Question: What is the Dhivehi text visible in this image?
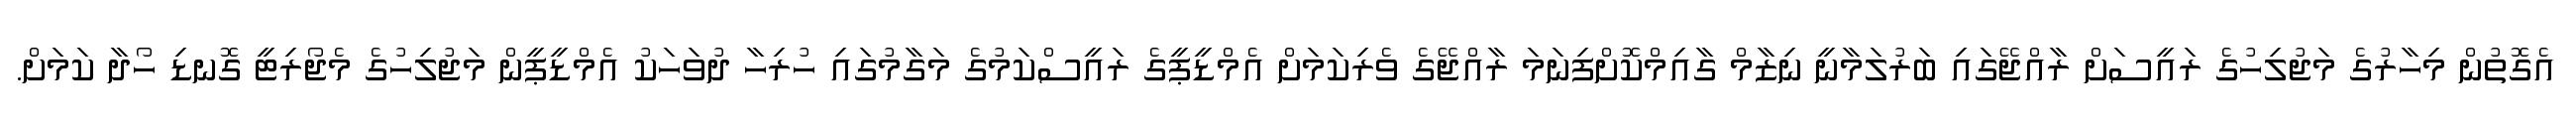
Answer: އެގޮތުން މިހާރުގެ މަޖުލިހުގެ ރައީސަށް ރާއްޖޭގައި ބަރުލަމާނީ ނިޒާމް ގާއިމްކޮށްފިނަމަ ރާއްޖޭގެ ވެރިކަމަށް އެމްޑީޕީގެ ރައީސްކަމުގެ މަގާމުގައި ހުރިހާ ދުވަހަކު އެމްޑީޕީން މަޖުލިހުގެ މެޖޯރިޓީ ގޮނޑި ހޯދާ ކަމަށް.